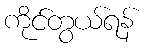
ကိုင်တွယ်ရန်